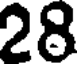
28